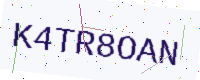
Text: K4TR8OAN